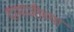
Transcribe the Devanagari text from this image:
दामाजीच्या